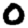
Digit: 0